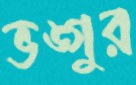
ভঙ্গুর